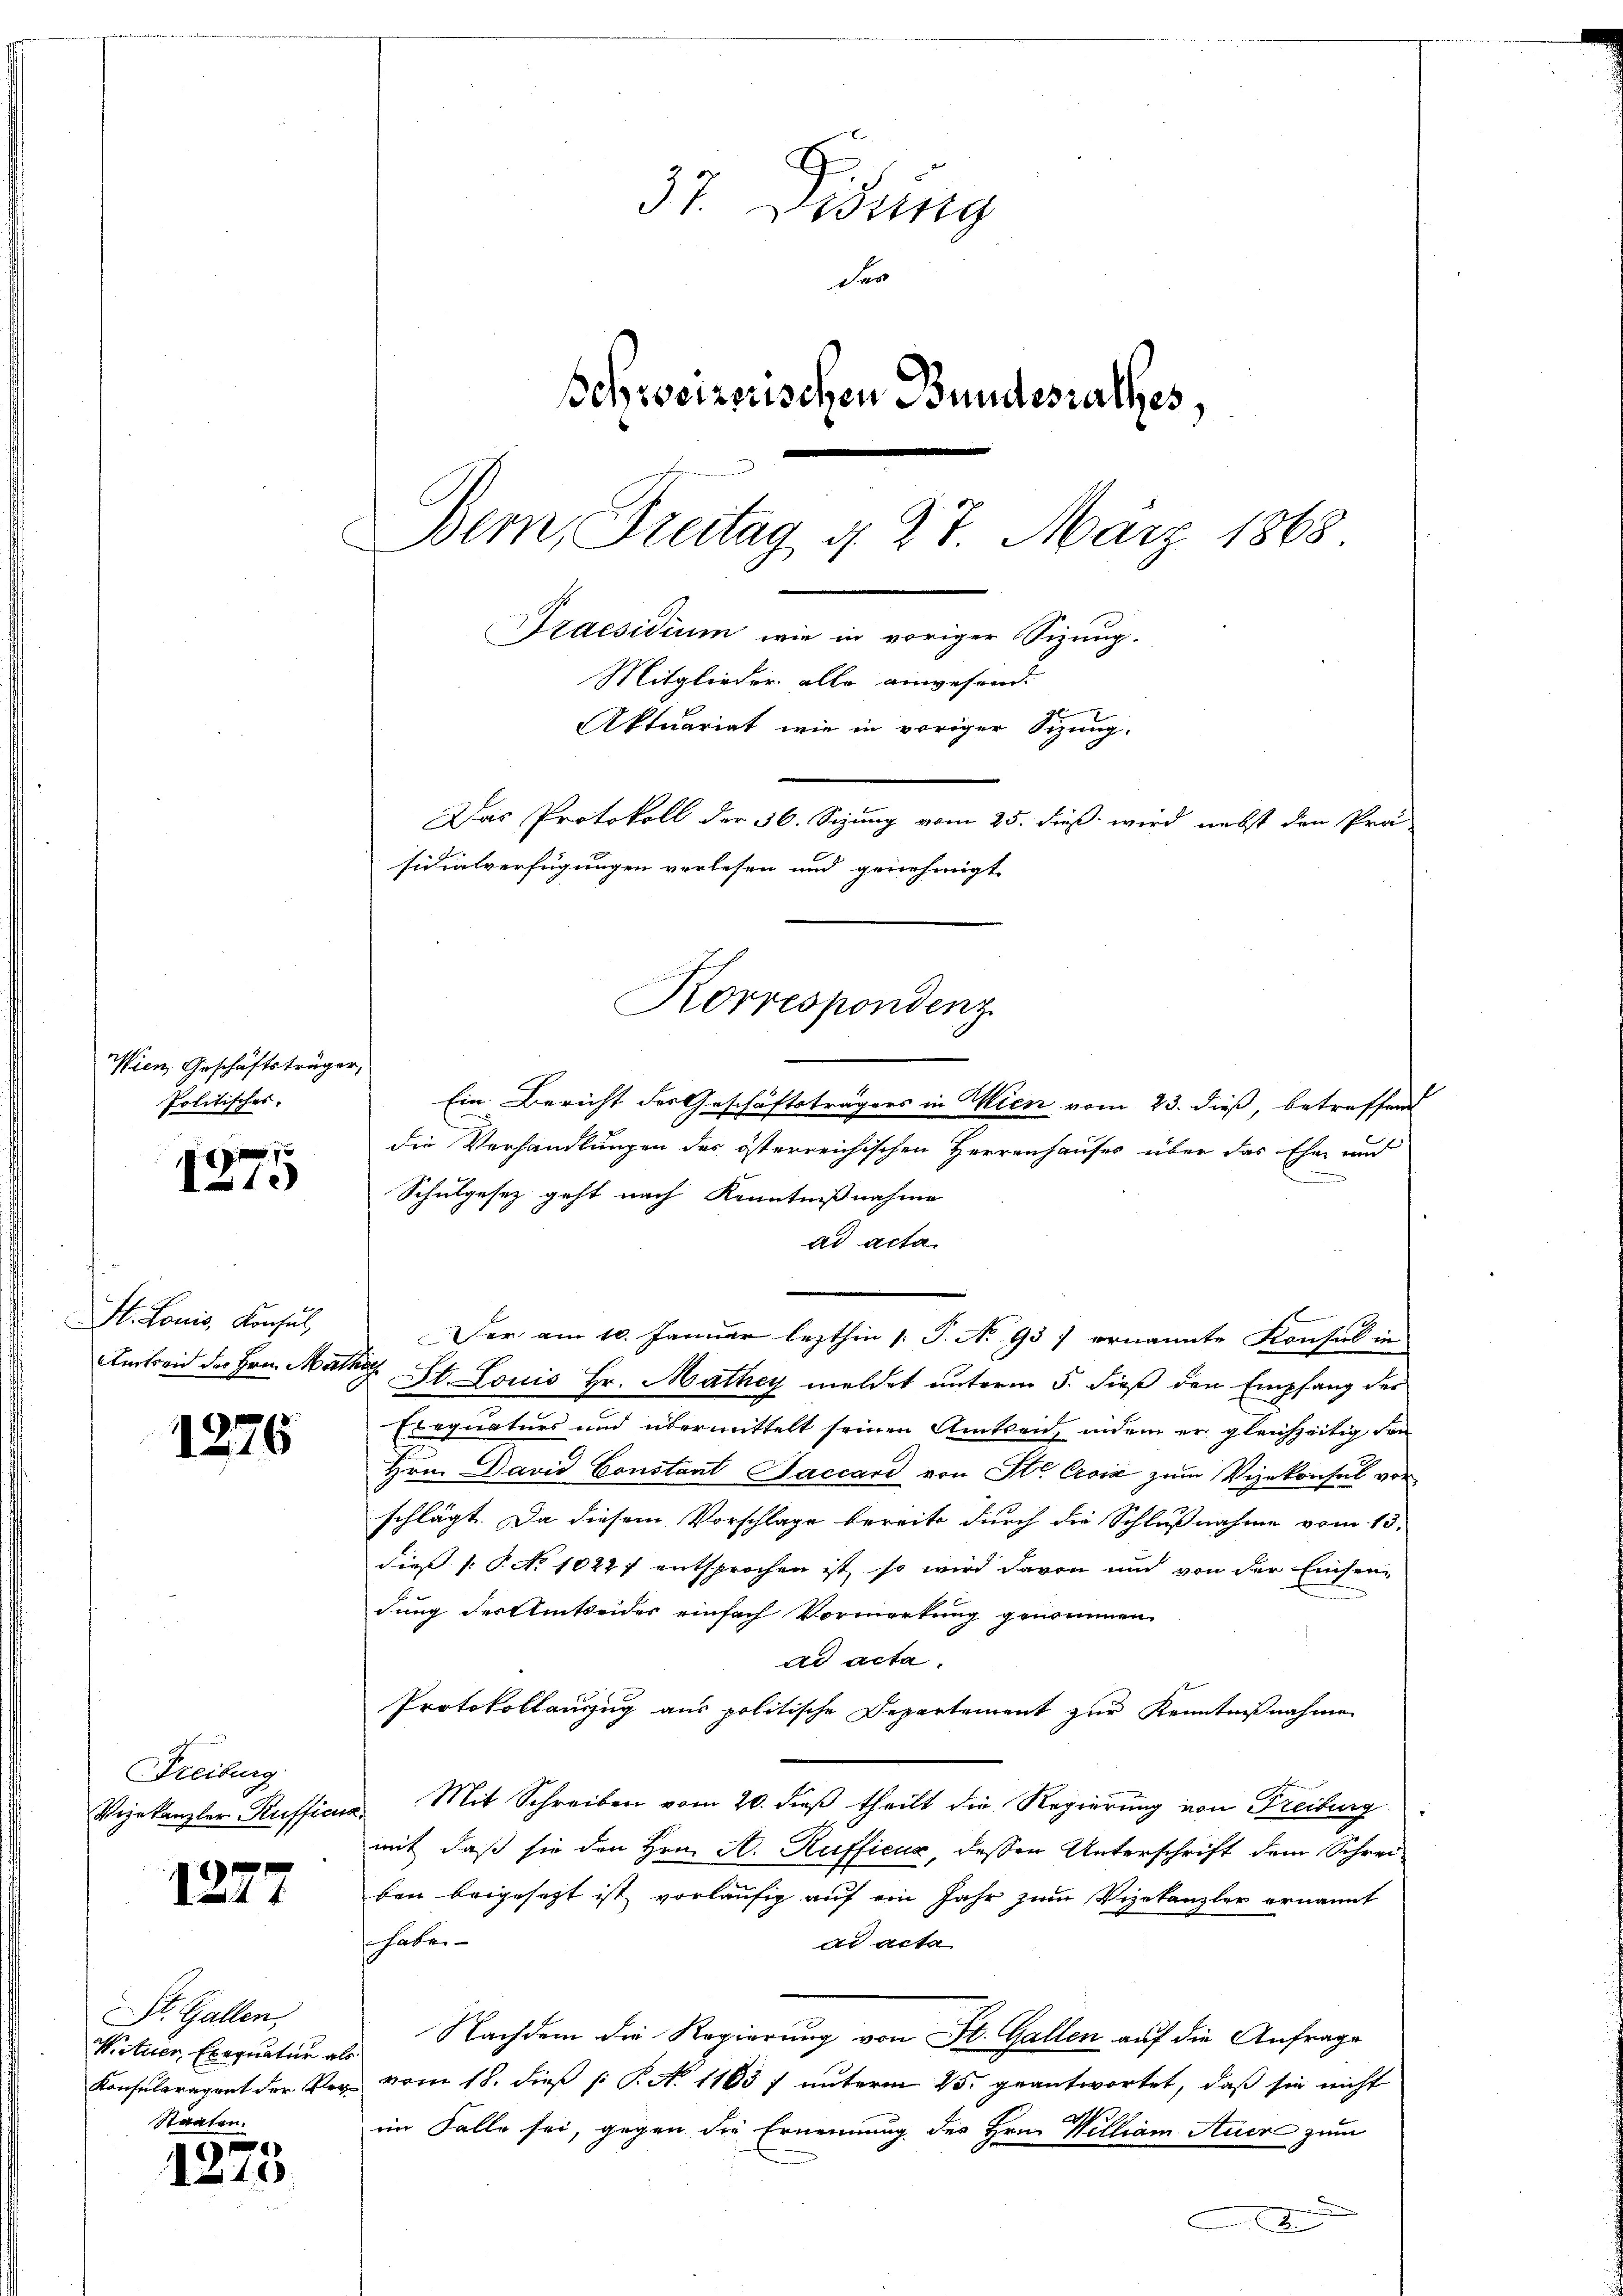
Wien, Geschäftsträger,
Politisches.

1275

St. Louis, Konsul,
Amtion der Hrn. Math

1276

Freiburg
Verkanzler Kufficia

1227

St. Gallen,
WAtuer, Exequatur als
Konsularagent der Ver¬

s
1210

E
37. Dessinig
de
schweizerischen Bundesrathes,
Bem, Freitag d. 27. März 1863.
Praesidium wie in voriger Sizung.
Mitglieder alle anwesend.
Aktuariat wie in voriger Sizung.
Das Protokoll der 36. Sizung vom 25. dieß wird nebst den Prä-
sidialverfügungen verlesen und genehmigt
Korrespondenz

Ein Bericht des Geschäftsträgers in Wien vom 23. dieß betreffend
u
die Verhandlungen des österreichischen Herrenhauses über das Ehe und
Schulgesez geht nach Kenntnißnahme
ad acta
er am 10. Januar lezthin 1 S. No 93) ernannte Konsul in
 St. Louis Hr. Mathey meldet unterm 5. dieß den Empfang der
Einquaturs und übermittelt seinen Amtsen, indem er gleichzeitig den
Hrn. David Constant Saccard von St. Croix zum Vizekonsul vor
schlägt. Da diesem Vorschlage bereits durch die Schlußnahme vom 13.
dieß (: P. No 1022 f entsprochen ist, so wird davon und von der Einsen-
dung des Amtseides einfach Vormerkung genommen
ad acta.
Protokollauszug aus politische Departement zur Kenntnißnahme
Mit Schreiben vom 20. dieß theilt die Regierung von Freiburg
mit, daß sie den Hrn. A. Rufficus, dessen Unterschrift dem Schrei-
ben beigesezt ist, vorläufig auf ein Jahr zum Vizekanzler ernannt
haben
ad acta
Nachdem die Regierung von St. Gallen auf die Anfrage
vom 18. dieß P. N. 1163 f unterm 25. geantwortet, daß sie nicht
im Falle sei, gegen die Ernennung des Hrn. William Auer zum
d
A